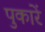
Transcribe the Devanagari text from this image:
पुकारें